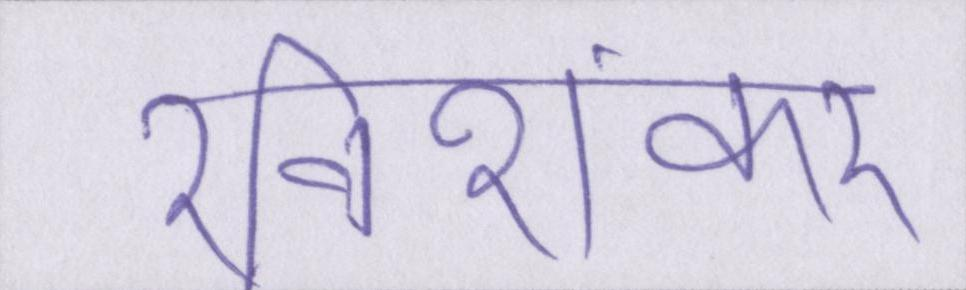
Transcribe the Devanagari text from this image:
रविशंकर